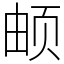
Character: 𬱖